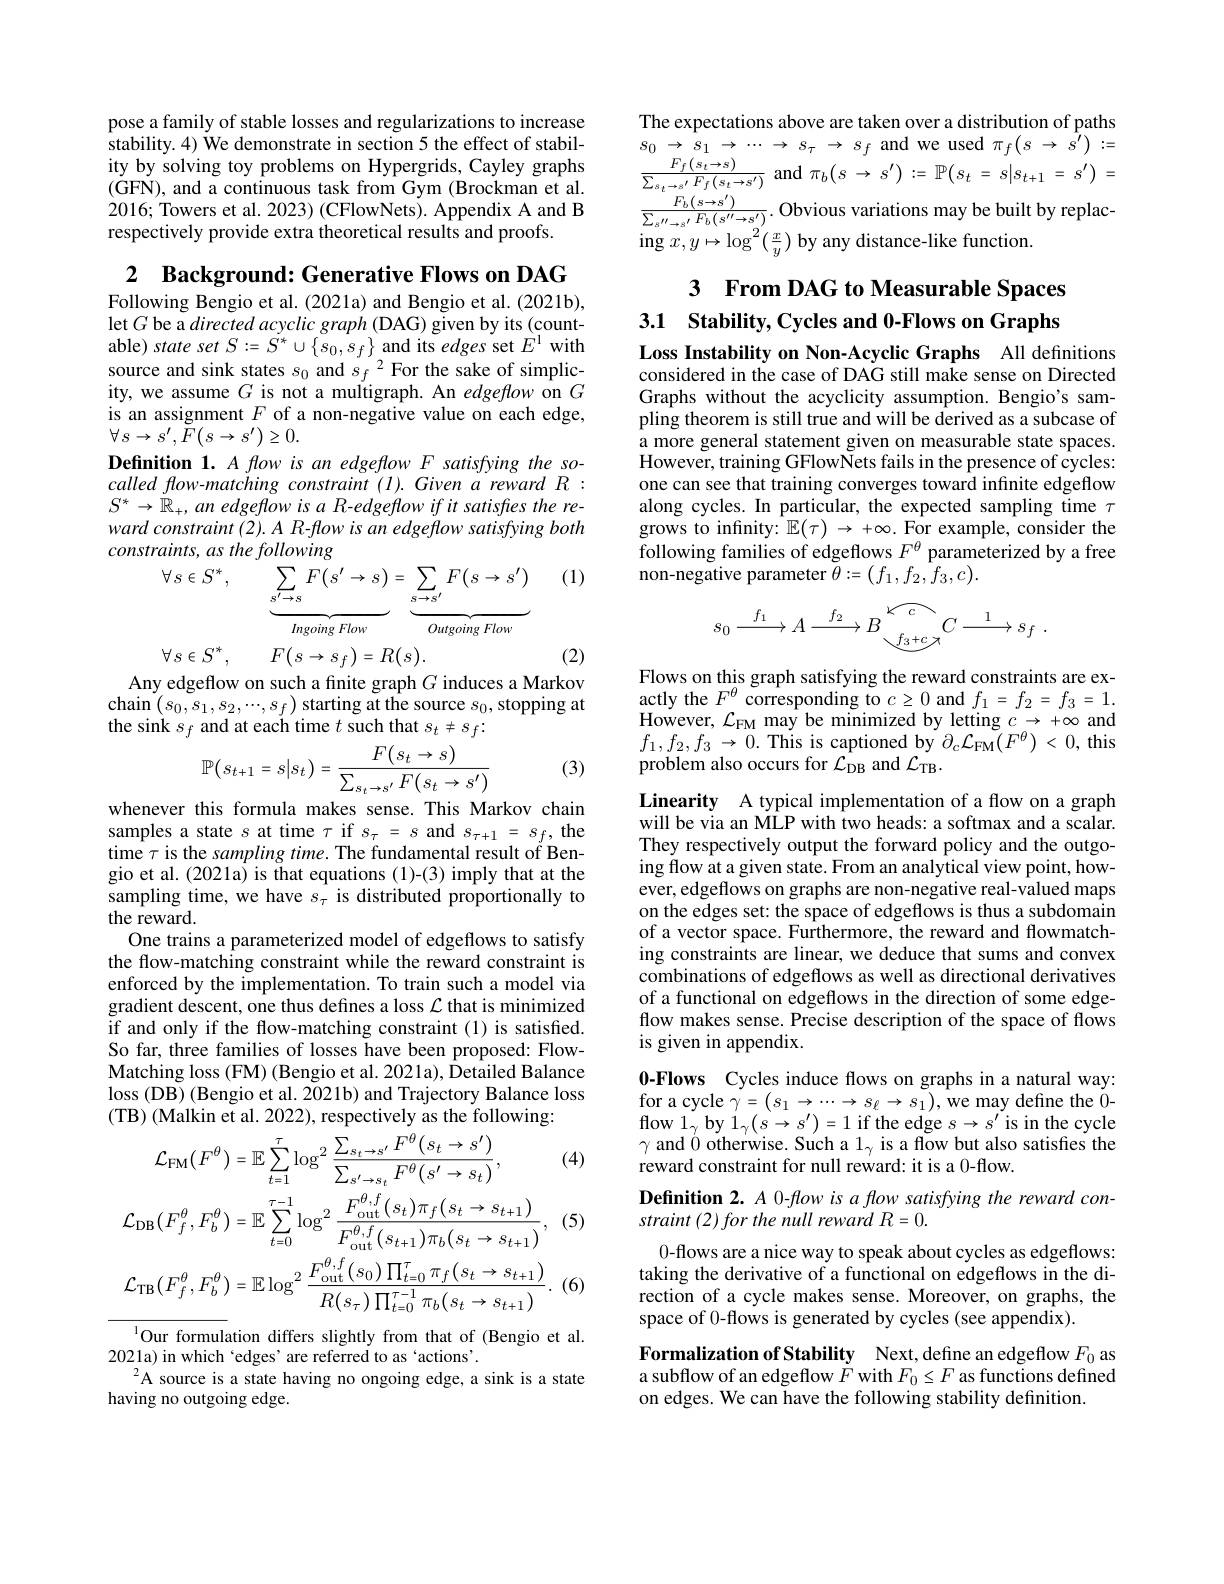
pose a family of stable losses and regularizations to increase stability. 4) We demonstrate in section 5 the effect of stability by solving toy problems on Hypergrids, Cayley graphs (GFN), and a continuous task from Gym (Brockman et al. 2016; Towers et al. 2023) (CFlowNets). Appendix A and B respectively provide extra theoretical results and proofs.

2 $\textbf{Background: Generative Flows on DAG}$

Following Bengio et al. (2021a) and Bengio et al. (2021b), let $G$ be a directed acyclic graph (DAG) given by its (countable) state set $S:=S^{*}\cup\{s_{0},s_{f}\}$ and its edges set $E^{1}$ with source and sink states $s_0$ and $s_f^2$ For the sake of simplicity, we assume $G$ is not a multigraph. An edgeflow on $G$ is an assignment $F$ of a non-negative value on each edge, $\forall s\to s^{\prime},\tilde{F}(s\to s^{\prime})\geq0.$
Definition 1. A flow is an edgeflow F satisfying the socalled flow-matching constraint (l). Given a reward R: $S^{*}\to\mathbb{R}_{+}$, an edgeflow is a R-edgeflow if it satisfres the reward constraint (2). A R-flow is an edgeflow satisfying both constraints, as the following
$$\forall\:s\in S^{*},\underbrace{\sum_{s^{\prime}\rightarrow s}F(s^{\prime}\rightarrow s)}_{Ingoing\:Flow}=\underbrace{\sum_{s\rightarrow s^{\prime}}F(s\rightarrow s^{\prime})}_{Outgoing\:Flow}$$
(1)
$$\forall s\in S^{*},\quad F(s\rightarrow s_{f})=R(s).$$
Any edgeflow on such a finite graph $G$ induces a Markov

(2)

$\operatorname*{chain}\left(s_{0},s_{1},s_{2},\cdots,s_{f}\right)$starting at the source $s_0$,stopping at
the sink $s_f$ and at each time $t$ such that $s_t\neq s_f{:}$

(3)
$$\mathbb{P}\big(s_{t+1}=s\big|s_{t}\big)=\frac{F(s_{t}\to s)}{\sum_{s_{t}\to s^{\prime}}F(s_{t}\to s^{\prime})}$$
whenever this formula makes sense. This Markov chain samples a state $s$ at time $\tau$ if $s_\tau=s$ and $s_\tau+1=s_f$, the time $\tau$ is the sampling time. The fundamental result of Bengio et al. (2021a) is that equations (1)-(3) imply that at the sampling time, we have $s_\tau$ is distributed proportionally to the reward.
One trains a parameterized model of edgeflows to satisfy the flow-matching constraint while the reward constraint is enforced by the implementation. To train such a model via gradient descent, one thus defines a loss $\mathcal{L}$ that is minimized if and only if the flow-matching constraint (1) is satisfied. So far, three families of losses have been proposed: FlowMatching loss (FM) (Bengio et al. 2021a), Detailed Balance loss (DB) (Bengio et al. 2021b) and Trajectory Balance loss (TB) (Malkin et al. 2022), respectively as the following:

(4)
$$\mathcal{L}_{\mathrm{FM}}(F^{\theta})=\mathbb{E}\sum_{t=1}^{\tau}\log^{2}\frac{\sum_{s_{t}\to s^{\prime}}F^{\theta}(s_{t}\to s^{\prime})}{\sum_{s^{\prime}\to s_{t}}F^{\theta}(s^{\prime}\to s_{t})},\\\mathcal{L}_{\mathrm{DB}}(F_{f}^{\theta},F_{b}^{\theta})=\mathbb{E}\sum_{t=0}^{\tau-1}\log^{2}\frac{F_{\mathrm{out}}^{\theta,f}(s_{t})\pi_{f}(s_{t}\to s_{t+1})}{F_{\mathrm{out}}^{\theta,f}(s_{t+1})\pi_{b}(s_{t}\to s_{t+1})},\\\mathcal{L}_{\mathrm{TB}}(F_{f}^{\theta},F_{b}^{\theta})=\mathbb{E}\log^{2}\frac{F_{\mathrm{out}}^{\theta,f}(s_{0})\prod_{t=0}^{\tau}\pi_{f}(s_{t}\to s_{t+1})}{R(s_{\tau})\prod_{t=0}^{\tau-1}\pi_{b}(s_{t}\to s_{t+1})}.$$
(5)

$\cdot(6)$

$^{1}$Our formulation differs slightly from that of (Bengio et al.
2021a) in which 'edges' are referred to as'actions'.
$^{2}$A source is a state having no ongoing edge, a sink is a state
having no outgoing edge.

The expectations above are taken over a distribution of paths $s_{0}$ $\to$ $s_{1}$ $\to$ $\cdots$ $\to$ $s_{\tau }$ $\to$ $s_{f}$ and we used $\pi _f( s$ $\to$ $s^{\prime }) : =$ $\frac{F_{f}(s_{t}\to s)}{\sum_{s_{t}\to s^{\prime}}F_{f}(s_{t}\to s^{\prime})}$and$\pi_b(s~\to~s^{\prime}):=\mathbb{P}\big(s_{t}~=~s|s_{t+1}~=~s^{\prime}\big)=$ $\frac {F_{b}( s\to s^{\prime }) }{\sum _{s^{\prime \prime }\to s^{\prime }}F_{b}( s^{\prime \prime }\to s^{\prime }) }.$Obvious variations may be built by replac- $\frac{2(T-1)}{2(T-1)}$ $\operatorname{ing}x,y\mapsto\log^{2^{\prime}}(\frac{x}{y})$ by any distance-like function.

## 3 From DAG to Measurable Spaces 3.1 Stability, Cycles and 0-Flows on Graphs

Loss Instability on Non-Acyclic Graphs All definitions considered in the case of DAG still make sense on Directed Graphs without the acyclicity assumption. Bengio's sampling theorem is still true and will be derived as a subcase of a more general statement given on measurable state spaces. However, training GFlowNets fails in the presence of cycles: one can see that training converges toward infinite edgeflow along cycles. In particular, the expected sampling time $\tau$ grows to infinity: $\mathbb{E}(\tau)\to+\infty.$ For example, consider the following families of edgeflows $F^{\theta}$ parameterized by a free non-negative parameter $\tilde{\theta}:=(f_{1},f_{2},\tilde{f}_{3},c).$
$$s_0\xrightarrow{f_1}A\xrightarrow{f_2}B\overbrace{\underbrace{f_3+c}}^{\swarrow c}C\xrightarrow{1}s_f\:.$$
Flows on this graph satisfying the reward constraints are exactly the $F^\theta$ corresponding to $c\geq0$ and $f_1=f_2=f_3=1.$ $\begin{array}{l}{\mathrm{However,~}\mathcal{L}_{\mathrm{FM}}~\mathrm{may~be~minimized~by~letting~}c\to~+\infty~\mathrm{and}}\\{f_{1},f_{2},f_{3}~\to~0.~\mathrm{This~is~captioned~by~}\partial_{c}\mathcal{L}_{\mathrm{FM}}(F^{\theta})~<~0,~\mathrm{this}}\end{array}$ problem also occurs for $\mathcal{L}_\mathrm{DB}$ and $\mathcal{L}_\mathrm{TB}.$

Linearity A typical implementation of a flow on a graph will be via an MLP with two heads: a softmax and a scalar. They respectively output the forward policy and the outgoing flow at a given state. From an analytical view point, however, edgeflows on graphs are non-negative real-valued maps on the edges set: the space of edgeflows is thus a subdomain of a vector space. Furthermore, the reward and flowmatching constraints are linear, we deduce that sums and convex combinations of edgeflows as well as directional derivatives of a functional on edgeflows in the direction of some edgeflow makes sense. Precise description of the space of flows is given in appendix

0-Flows Cycles induce flows on graphs in a natural way: for a cycle $\gamma=\left(s_{1}\rightarrow\cdots\rightarrow s_{\ell}\rightarrow s_{1}\right)$,we may define the $\tilde{0}$- flow $1_{\gamma }$ by $1_{\gamma }$( s$\to s^{\prime }$) = 1 if the edge $s\to s^{\prime }$is in the cycle $\gamma$ and 0 otherwise. Such a $1_\gamma$ is a flow but also satisfies the reward constraint for null reward: it is a 0-flow.
Definition 2. A 0-flow is a flow satisfying the reward con-
straint (2) for the null reward R=0.
0-flows are a nice way to speak about cycles as edgeflows: taking the derivative of a functional on edgeflows in the direction of a cycle makes sense. Moreover, on graphs, the space of 0-flows is generated by cycles (see appendix).
Formalization of Stability Next, define an edgeffow $F_0$ as a subflow of an edgeflow $\bar{F}$ with $F_0\leq F$ as functions defined on edges. We can have the following stability definition.